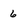
Character: 6